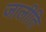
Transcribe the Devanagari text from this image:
जालीति